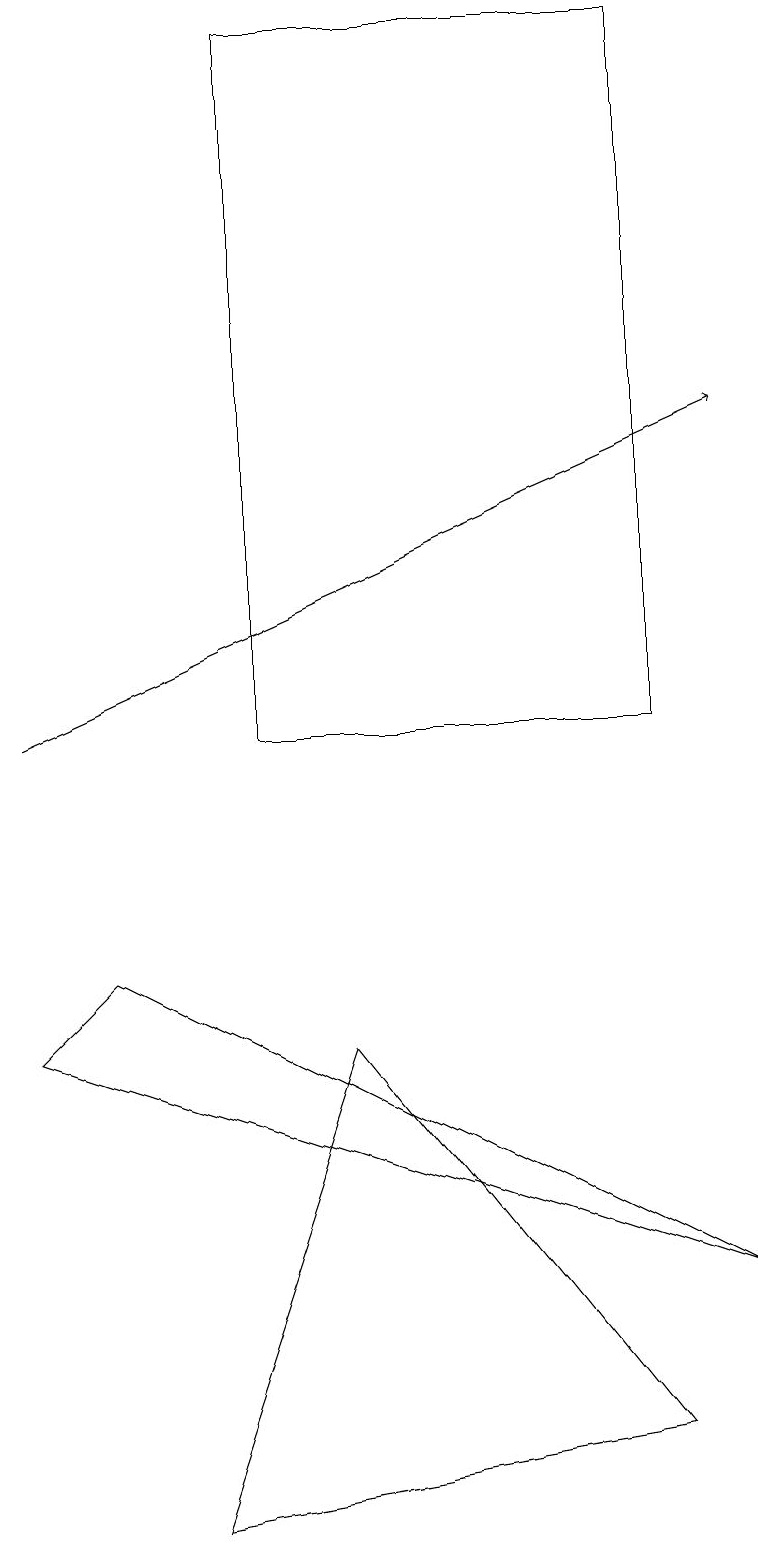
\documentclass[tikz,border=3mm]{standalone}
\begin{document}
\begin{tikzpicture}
\draw[->] (0,10) -- (9,14);
\draw (8,10) rectangle (3,19);
\draw (2,0) -- (8,1) -- (4,6) -- cycle;
\draw (0,6) -- (1,7) -- (9,3) -- cycle;
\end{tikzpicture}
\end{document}